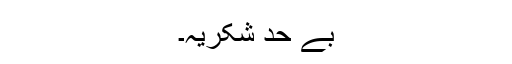
بے حد شکریہ۔